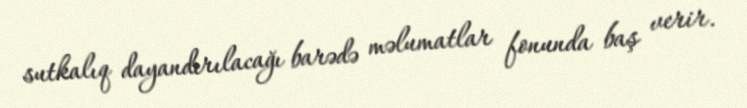
sutkalıq dayandırılacağı barədə məlumatlar fonunda baş verir.